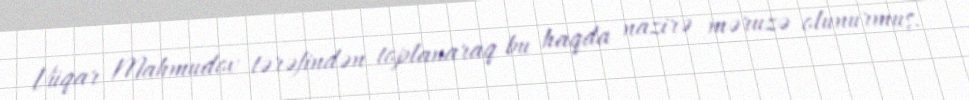
Vüqar Mahmudov tərəfindən toplanaraq bu haqda nazirə məruzə olunurmuş.